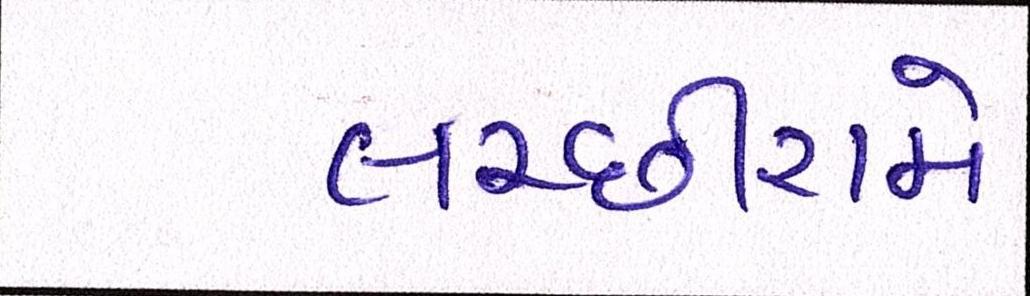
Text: લચ્છીરામે